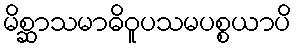
မိစ္ဆာသမာဓိဝူပသမပစ္စယာပိ